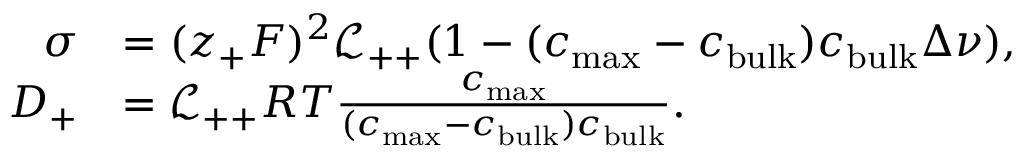
\begin{array} { r l } { \sigma } & { = ( z _ { + } F ) ^ { 2 } \mathcal { L _ { + + } } ( 1 - ( c _ { \mathrm { m a x } } - c _ { \mathrm { b u l k } } ) c _ { \mathrm { b u l k } } \Delta \nu ) , } \\ { D _ { + } } & { = \mathcal { L _ { + + } } R T \frac { c _ { \mathrm { m a x } } } { ( c _ { \mathrm { m a x } } - c _ { \mathrm { b u l k } } ) c _ { \mathrm { b u l k } } } . } \end{array}